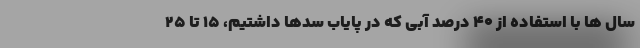
سال ها با استفاده از ۴۰ درصد آبی که در پایاب سدها داشتیم، ۱۵ تا ۲۵